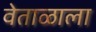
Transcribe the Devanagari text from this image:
वेताळाला